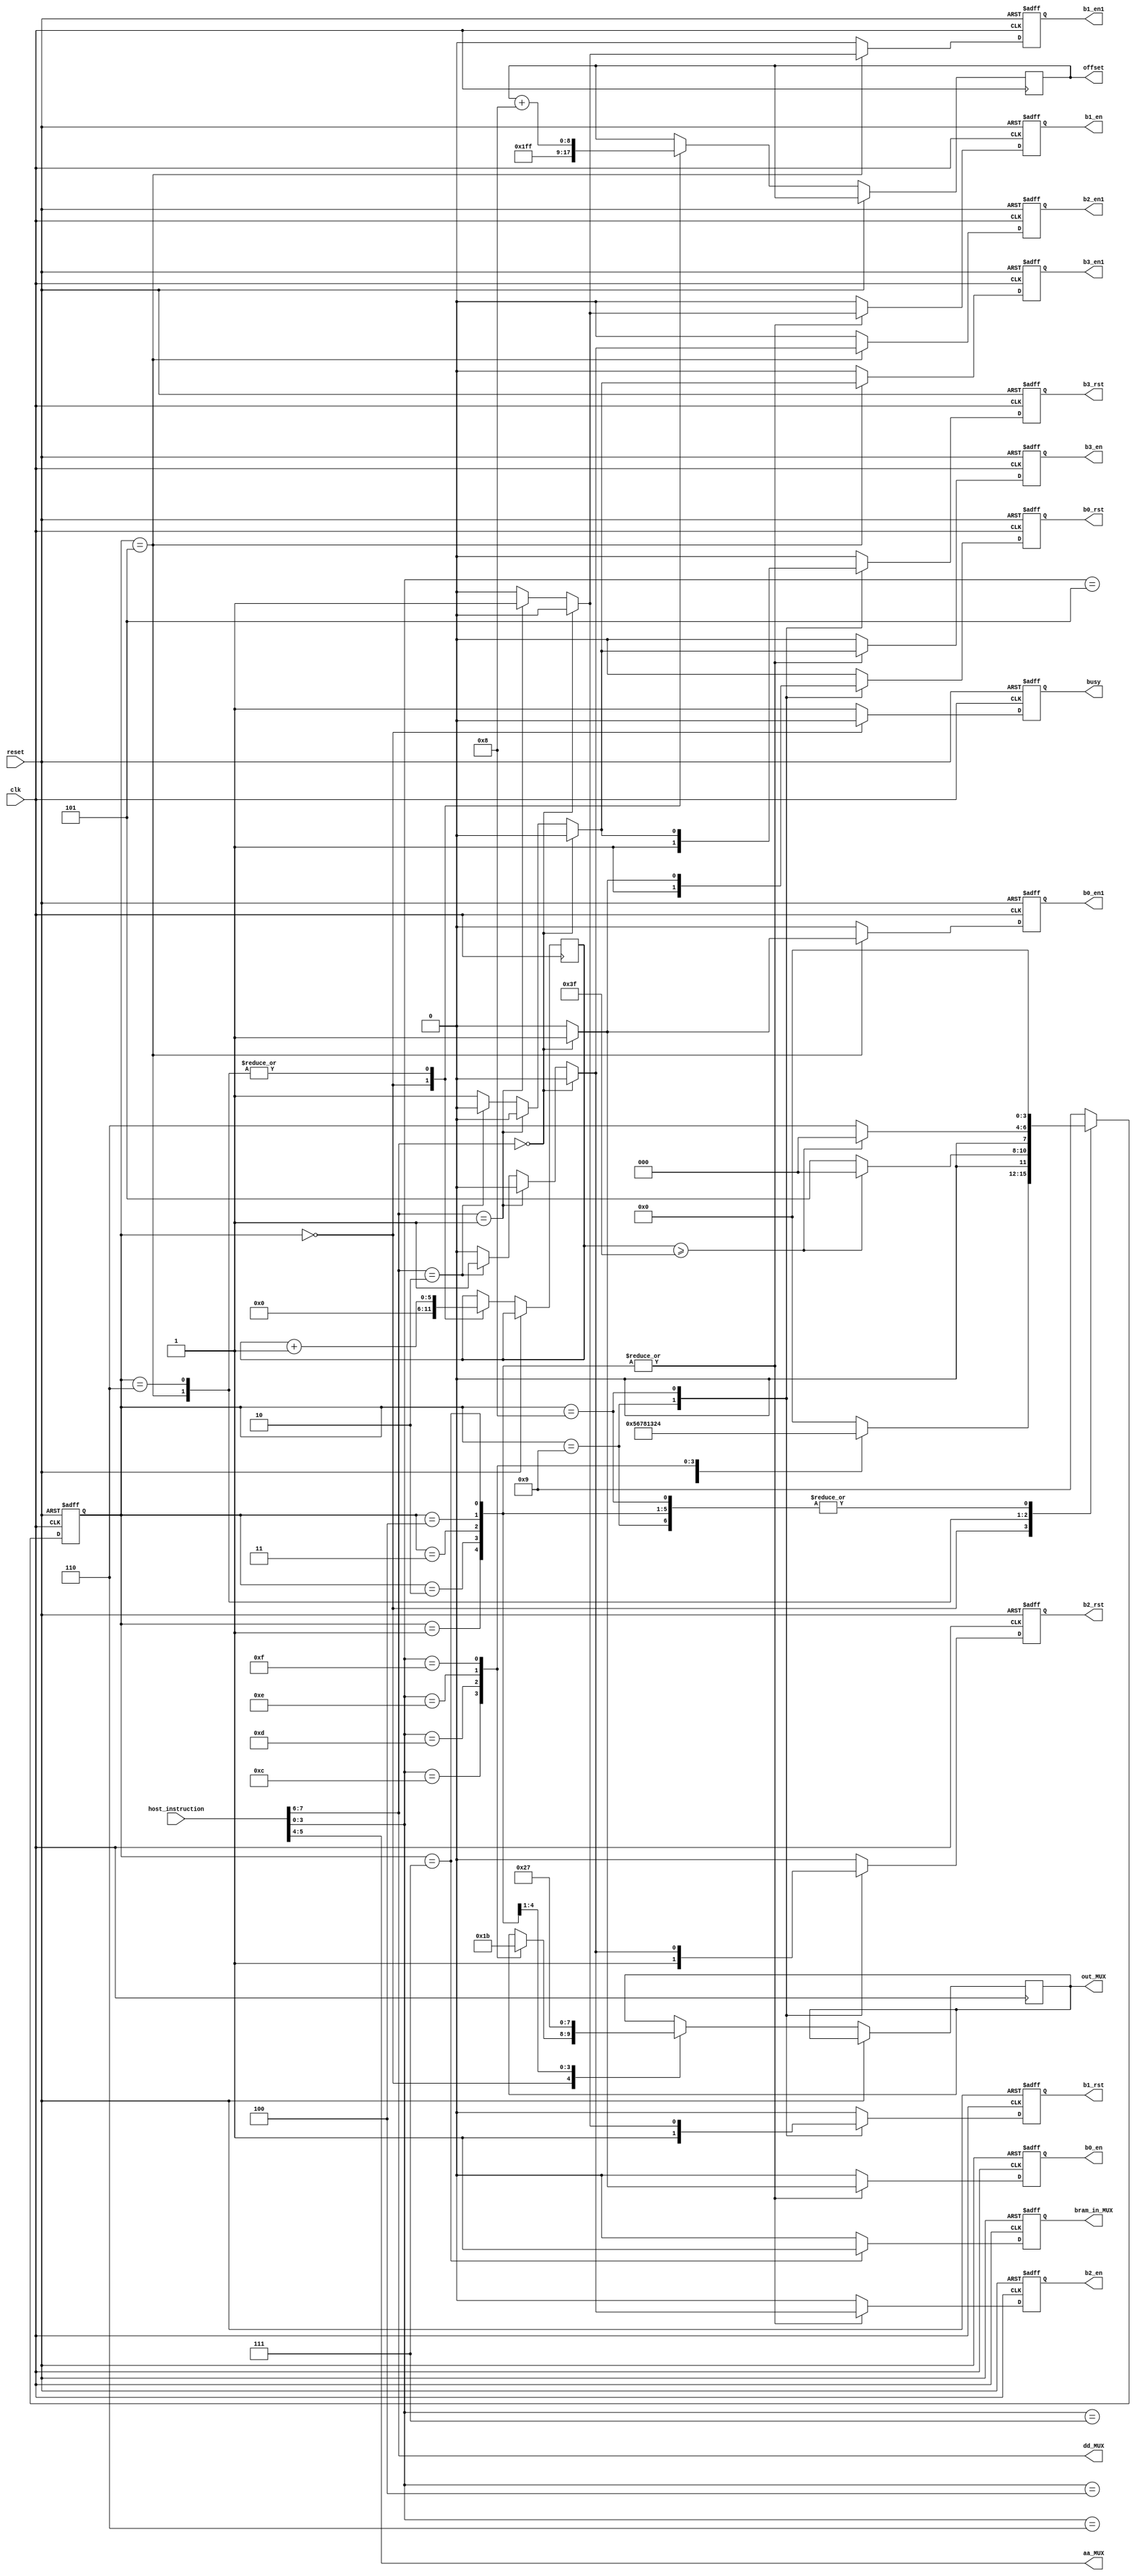

module FSM
#(parameter num_bits = 512)
(
    input [7:0] host_instruction,
    input clk, reset,
	output reg [8:0] offset,
	output [1:0] aa_MUX, dd_MUX,
	output reg [1:0] out_MUX,
    output reg busy, bram_in_MUX, b0_rst, b1_rst, b2_rst, b3_rst, 
	output reg b0_en, b1_en, b2_en, b3_en,//bram enable chunk write
	output reg b0_en1, b1_en1, b2_en1, b3_en1//bram enable single byte write
);

parameter [3:0] IDLE = 4'h0, ADD = 4'h1, SUB = 4'h2, 
				SHIFT = 4'h3, MULT = 4'h4, LOAD = 4'h5, 
				UNLOAD = 4'h6, COPY = 4'h7, CLEAR = 4'h8, 
				RESET = 4'h9;
					 
parameter NA_OP =     8'bXXXX00XX;//Do Nothing
parameter LOAD_OP =   8'bXXXX0100;//Load to BRAM from Host
parameter UNLOAD_OP = 8'bXXXX0110;//Unload from BRAM to Host
parameter COPY_OP =   8'bXXXX0101;//Copy from BRAM to BRAM
parameter CLEAR_OP =  8'bXXXX0111;//Clear BRAM
parameter ADD_OP =   8'bXXXX1100;//Add from BRAM to BRAM using addr 1
parameter SHIFT_OP =   8'bXXXX1101;//Add from BRAM to BRAM using addr 2
parameter SUB_OP =    8'bXXXX1110;//Subtract from BRAM to BRAM
parameter MULT_OP =   8'bXXXX1111;//Multiply from BRAM to BRAM

parameter B0 = 2'b00;//BRAM 0
parameter B1 = 2'b01;//BRAM 1
parameter B2 = 2'b10;//BRAM 2
parameter B3 = 2'b11;//BRAM 3

parameter ADDER = 2'b00;//Adder
parameter SHIFTER = 2'b01;//Shifter
parameter SUBTRACTOR = 2'b10;//Subtractor
parameter MULTIPLIER = 2'b11;//Multiplier

wire [1:0] AA, DD;
assign DD = host_instruction[7:6];//Shortcut to control lines for DD
assign AA = host_instruction[5:4];//Shortcut to control lines for AA

reg [3:0] state;//Register for the state of the FSM
reg [5:0] counter;//Register for the counter

assign aa_MUX = host_instruction[5:4];//Control the AA MUX with the AA bits from the instruction
assign dd_MUX = host_instruction[7:6];//Control the DD MUX with the DD bits from the instruction


/*always @(posedge reset)begin
	$display("Reset");
end
*/


always @(posedge clk, posedge reset)begin
	if(reset == 1)begin
		 state = RESET;

		busy = 1;//It's busy in all states but IDLE

		//Default BRAM controls
		b0_en1 = 0; b0_en = 0; b0_rst = 0;
		b1_en1 = 0; b1_en = 0; b1_rst = 0;
		b2_en1 = 0; b2_en = 0; b2_rst = 0;
		b3_en1 = 0; b3_en = 0; b3_rst = 0;

		bram_in_MUX = 0;//Only COPY sets to 1

		out_MUX = out_MUX;//Keep the same output MUX
		counter = counter;//Keep the counter the same
		offset = offset;//Keep the offset the same

		b0_rst = 1;
		b1_rst = 1;
		b2_rst = 1;
		b3_rst = 1;	

		state = IDLE;
	end

	else begin
	busy = 1;//It's busy in all states but IDLE

	//Default BRAM controls
	b0_en1 = 0; b0_en = 0; b0_rst = 0;
	b1_en1 = 0; b1_en = 0; b1_rst = 0;
	b2_en1 = 0; b2_en = 0; b2_rst = 0;
	b3_en1 = 0; b3_en = 0; b3_rst = 0;

	bram_in_MUX = 0;//Only COPY sets to 1

	out_MUX = out_MUX;//Keep the same output MUX
	counter = counter;//Keep the counter the same
	offset = offset;//Keep the offset the same

	case(state)
		RESET: begin//Reset all BRAMS and state
			b0_rst = 1;
			b1_rst = 1;
			b2_rst = 1;
			b3_rst = 1;

			state = IDLE;//Return to IDLE	
		end

		IDLE: begin//Check for instruction
			busy = 0;//Indicate that it's not busy
			counter = 0;//Reset counter
			offset = -1;//Reset offset

			casex (host_instruction)
				LOAD_OP: begin//Load from host
					state = LOAD;
				end
				UNLOAD_OP: begin//Unload to host
					state = UNLOAD;
				end
				COPY_OP: begin//Copy from BRAM to BRAM
					state = COPY;
				end
				CLEAR_OP: begin//Clear BRAM
					state = CLEAR;
				end
				ADD_OP: begin//Add from BRAM to BRAM
					state = ADD;
					out_MUX = ADDER;//Select correct output
				end
				SHIFT_OP: begin//Shift from BRAM to BRAM
					state = SHIFT;
					out_MUX = SHIFTER;//Select correct output
				end
				SUB_OP: begin//Subtract from BRAM to BRAM
					state = SUB;
					out_MUX = SUBTRACTOR;//Select correct output
				end
				MULT_OP: begin//Multiply from BRAM to BRAM
					state = MULT;
					out_MUX = MULTIPLIER;//Select correct output
				end
				NA_OP: begin//Do nothing
					state = IDLE;
				end
				default: state = IDLE;//Do nothing
			endcase
		end

		ADD: begin
			//Enable correct BRAM
			if(DD == B0) b0_en = 1;
			else if(DD == B1) b1_en = 1;
			else if(DD == B2) b2_en = 1;
			else b3_en = 1;

			out_MUX = ADDER;//Select correct output

			state = IDLE;//Return to IDLE
		end

		SUB: begin
			//Enable correct BRAM
			if(DD == B0) b0_en = 1;
			else if(DD == B1) b1_en = 1;
			else if(DD == B2) b2_en = 1;
			else b3_en = 1;

			out_MUX = SUBTRACTOR;//Select correct output

			state = IDLE;//Return to IDLE
		end

		SHIFT: begin
			//Enable correct BRAM
			if(DD == B0) b0_en = 1;
			else if(DD == B1) b1_en = 1;
			else if(DD == B2) b2_en = 1;
			else b3_en = 1;

			out_MUX = SHIFTER;//Select correct output

			state = IDLE;//Return to IDLE
		end

		MULT: begin
			//Enable correct BRAM
			if(DD == B0) b0_en = 1;
			else if(DD == B1) b1_en = 1;
			else if(DD == B2) b2_en = 1;
			else b3_en = 1;

			out_MUX = MULTIPLIER;//Select correct output

			state = IDLE;//Return to IDLE
		end

		LOAD: begin
			//Enable correct BRAM single load
			if(DD == B0) b0_en1 = 1;
			else if(DD == B1) b1_en1 = 1;
			else if(DD == B2) b2_en1 = 1;
			else b3_en1 = 1;

			if(counter >= 63) state = IDLE;//If done 64 loads, return to IDLE
			else state = LOAD;//Stay in LOAD

			counter = counter + 1;//Increment counter
			offset = offset + 8;//Increment offset by 8
		end

		UNLOAD: begin
			if(counter >= 63) state = IDLE;//If done 64 unloads, return to IDLE
			else state = UNLOAD;//Stay in UNLOAD

			counter = counter + 1;//Increment counter
			offset = offset + 8;//Increment offset by 8
		end

		COPY: begin
			//Enable correct BRAM
			if(DD == B0) b0_en = 1;
			else if(DD == B1) b1_en = 1;
			else if(DD == B2) b2_en = 1;
			else b3_en = 1;

			bram_in_MUX = 1;//Select BRAM input

			state = IDLE;//Return to IDLE
		end

		CLEAR: begin
			if(DD == B0) b0_rst = 1;
			else if(DD == B1) b1_rst = 1;
			else if(DD == B2) b2_rst = 1;
			else b3_rst = 1;

			state = IDLE;//Return to IDLE
		end
		
		default: state = RESET;//Reset if something goes wrong
	endcase
	end
end

endmodule